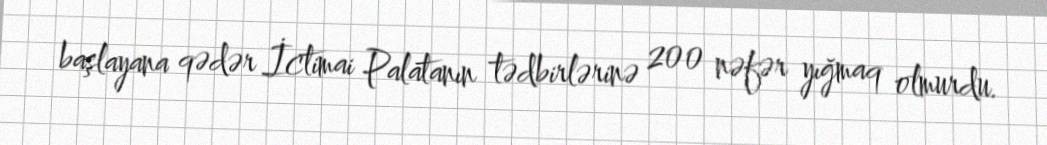
başlayana qədər İctimai Palatanın tədbirlərinə 200 nəfər yığmaq olmurdu.